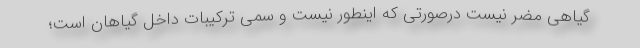
گیاهی مضر نیست درصورتی که اینطور نیست و سمی‌ ترکیبات داخل گیاهان است؛